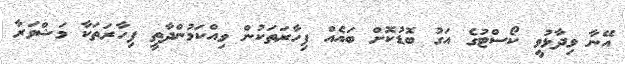
އޭނާ ވިދާޅުވީ ކޯސްޓުގެ އަގު ބޮޑުކޮށް ބައެއް ފިހާރަތަކުން ވިއްކަމުންދާތީ ފިހާރަތަކާ މަޝްވަރާ